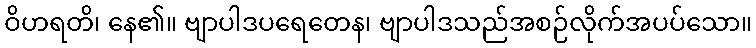
ဝိဟရတိ၊ နေ၏။ ဗျာပါဒပရေတေန၊ ဗျာပါဒသည်အစဉ်လိုက်အပပ်သော။